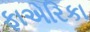
ફાએરિકા